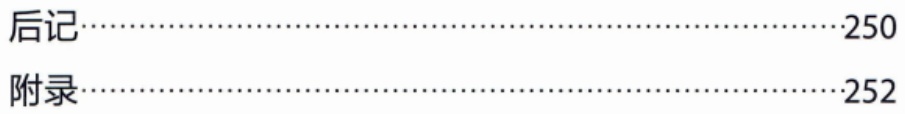
```

后记\dotfill{250}

附录\dotfill{252}

```